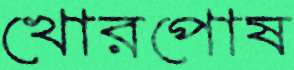
খোরপোষ